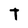
Character: t